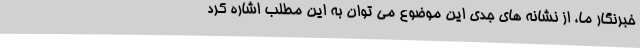
خبرنگار ما، از نشانه های جدی این موضوع می توان به این مطلب اشاره کرد